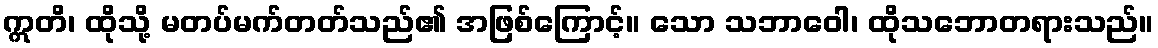
ဣတိ၊ ထိုသို့ မတပ်မက်တတ်သည်၏ အဖြစ်ကြောင့်။ သော သဘာဝေါ၊ ထိုသဘောတရားသည်။